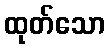
ထုတ်သော